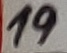
Text: 19